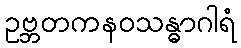
ဥဗ္ဘတကနဝသန္ဓာဂါရံ